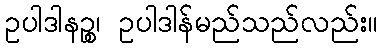
ဥပါဒါနဉ္စ၊ ဥပါဒါန်မည်သည်လည်း။